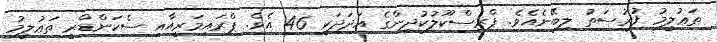
ތަޢުލީމު ފުރުސަތު ލިބޭނެއެވެ. ޕްރީސްކޫލުކުދިންގެ އަދަދަކީ 46 އެވެ. ޕްރައިމަރީއާއި ސެކަންޑްރީ ތަޢުލީމު